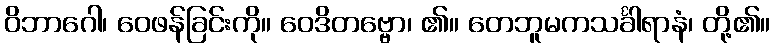
ဝိဘာဂေါ၊ ဝေဖန်ခြင်းကို။ ဝေဒိတဗ္ဗော၊ ၏။ တေဘူမကသင်္ခါရာနံ၊ တို့၏။